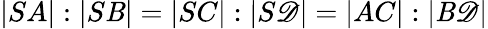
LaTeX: |SA|:|S\mathit{B}|=|SC|:|S\mathscr{D}|=|AC|:|\mathit{B}\mathscr{D}|